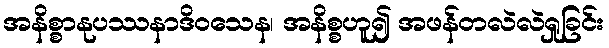
အနိစ္စာနုပဿနာဒိဝသေန၊ အနိစ္စဟူ၍ အဖန်တလဲလဲရှုခြင်း